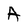
Character: A